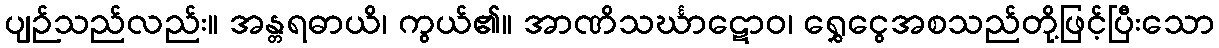
ပျဉ်သည်လည်း။ အန္တရဓာယိ၊ ကွယ်၏။ အာဏိသင်္ဃာဋောဝ၊ ရွှေငွေအစသည်တို့ဖြင့်ပြီးသော